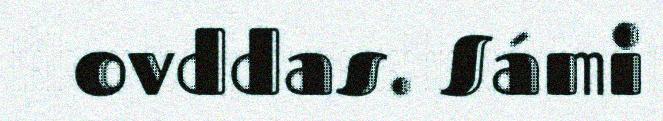
ovddas. Sámi